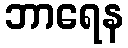
ဘာရေန